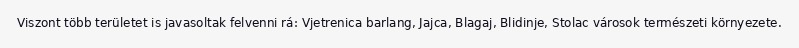
Viszont több területet is javasoltak felvenni rá: Vjetrenica barlang, Jajca, Blagaj, Blidinje, Stolac városok természeti környezete.